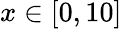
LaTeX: x\in[0,10]